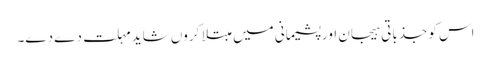
اس کو جذباتی ہیجان اور پشیمانی میں مبتلا کروں شاید مہلت دے دے۔